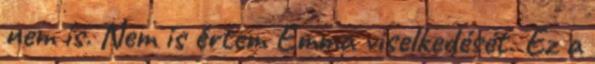
nem is. Nem is értem Emma viselkedését. Ez a